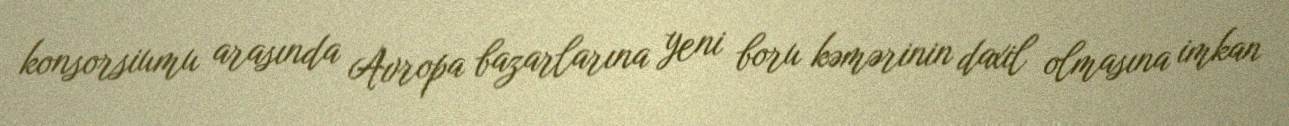
konsorsiumu arasında Avropa bazarlarına yeni boru kəmərinin daxil olmasına imkan